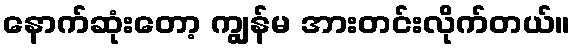
နောက်ဆုံးတော့ ကျွန်မ အားတင်းလိုက်တယ်။